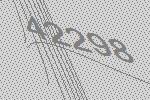
42298